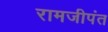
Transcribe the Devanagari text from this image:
रामजीपंत